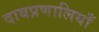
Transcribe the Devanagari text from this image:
दाबप्रणालियाँ